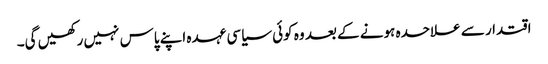
اقتدار سے علاحدہ ہونے کے بعد وہ کوئی سیاسی عہدہ اپنے پاس نہیں رکھیں گی۔